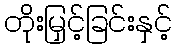
တိုးမြှင့်ခြင်းနှင့်